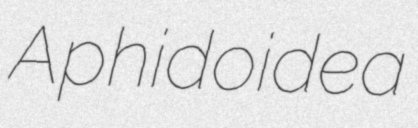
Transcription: Aphidoidea